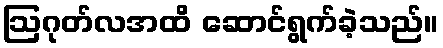
ဩဂုတ်လအထိ ဆောင်ရွက်ခဲ့သည်။